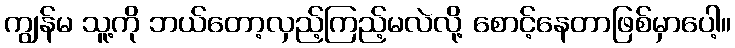
ကျွန်မ သူ့ကို ဘယ်တော့လှည့်ကြည့်မလဲလို့ စောင့်နေတာဖြစ်မှာပေါ့။